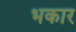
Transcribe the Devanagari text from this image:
भकार